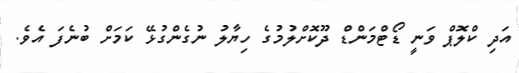
އަދި ކްލޮޕް ވަނީ ޑޯޓްމަންޑް ދޫކޮށްލުމުގެ ހިޔާލު ނުގެންގުޅޭ ކަމަށް ބުނެފަ އެވެ.